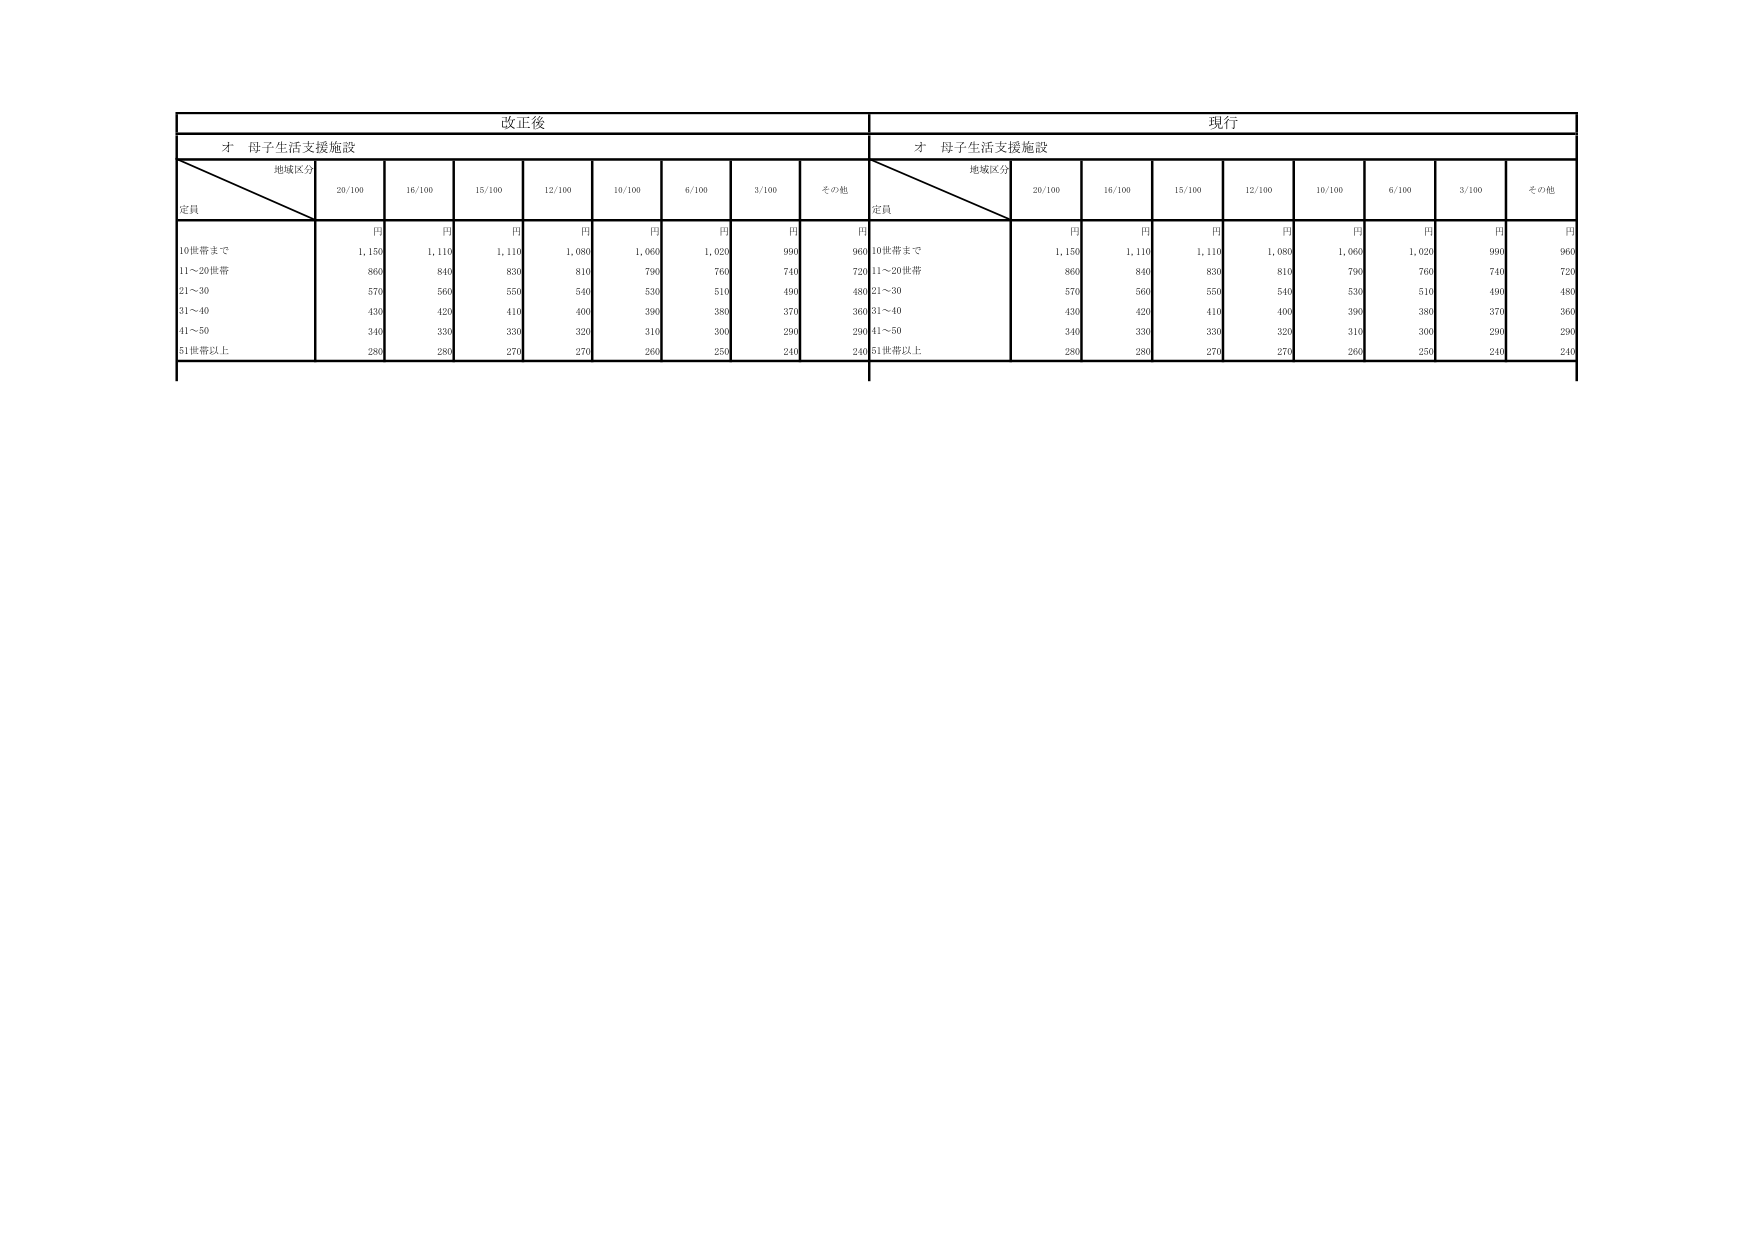
改正後
才 母子生活支援施設
地域区分
定員
20/100
16/100
15/100
12/100
10/100
6/100
3/100
その他
円
円
円
円
円
円
円
円
10世帯まで
1,150
1,110
1,110
1,080
1,060
1,020
990
960
11～20世帯
860
840
830
810
790
760
740
720
21～30
570
560
550
540
530
510
490
480
31～40
430
420
410
400
390
380
370
360
41～50
340
330
330
320
310
300
290
290
51世帯以上
280
280
270
270
260
250
240
240
現行
才 母子生活支援施設
地域区分
定員
20/100
16/100
15/100
12/100
10/100
6/100
3/100
その他
円
円
円
円
円
円
円
円
10世帯まで
1,150
1,110
1,110
1,080
1,060
1,020
990
960
11～20世帯
860
840
830
810
790
760
740
720
21～30
570
560
550
540
530
510
490
480
31～40
430
420
410
400
390
380
370
360
41～50
340
330
330
320
310
300
290
290
51世帯以上
280
280
270
270
260
250
240
240